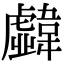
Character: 𩏣